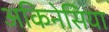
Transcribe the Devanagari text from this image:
अकिनेसिया